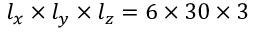
l _ { x } \times l _ { y } \times l _ { z } = 6 \times 3 0 \times 3